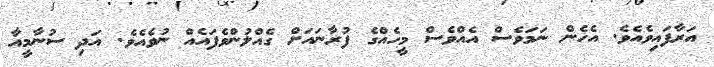
އަރާފައިވެއެވެ. އެހެން ނަމަވެސް އެއްވެސް މީހެއްގެ ފުރާނައަށް ގެއްލުންވެފައެއް ނުވެއެވެ. އަދި ސުނާމީއާ